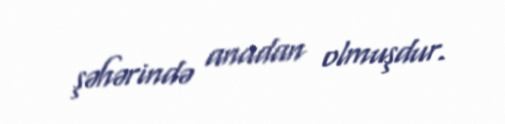
şəhərində anadan olmuşdur.